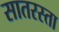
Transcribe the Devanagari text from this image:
सातरस्ता